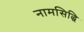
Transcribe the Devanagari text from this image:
नामसिद्धि